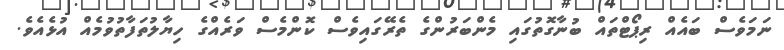
ނަމަވެސް ބައެއް ރިޕޯޓްތައް ބުނާގޮތުގައި މެންބަރުންގެ ތެރޭގައިވެސް ކޮންމެސް ވަރެއްގެ ހިޔާލުތަފާތުވުމެއް އުޅެއެވެ.